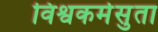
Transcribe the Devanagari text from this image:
विश्वकर्मसुता